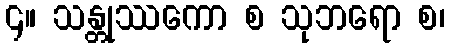
၄။ သန္တုဿကော စ သုဘရော စ၊